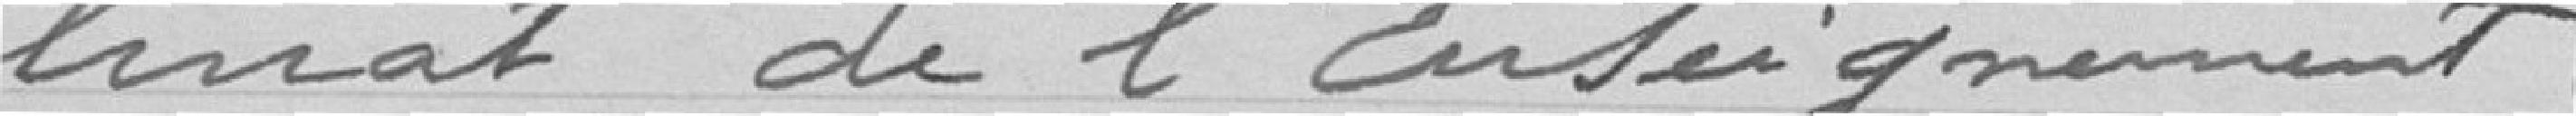
linat de l'Enseignement .